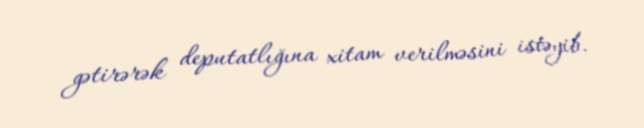
gətirərək deputatlığına xitam verilməsini istəyib.